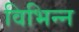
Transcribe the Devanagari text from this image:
विभिन्‍न